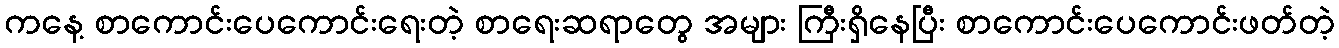
ကနေ့ စာကောင်းပေကောင်းရေးတဲ့ စာရေးဆရာတွေ အများ ကြီးရှိနေပြီး စာကောင်းပေကောင်းဖတ်တဲ့